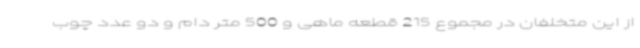
از این متخلفان در مجموع 215 قطعه ماهی و 500 متر دام و دو عدد چوب